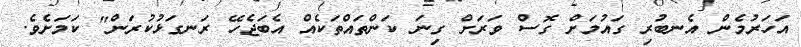
އަހަރުމެން އެނބުރި ގައުމަށް ގޮސް ވަރަށް ގިނަ ކަންތައްތަކެއް އެބަޖެހޭ ރަނގަޅުކުރަން" ކަމަށެވެ.